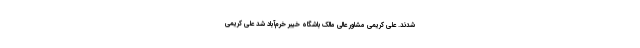
شدند. علی کریمی مشاور عالی مالک باشگاه خیبر خرم‌آباد شد علی کریمی